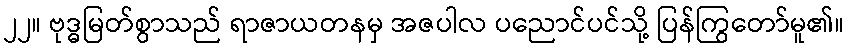
၂၂။ ဗုဒ္ဓမြတ်စွာသည် ရာဇာယတနမှ အဇပါလ ပညောင်ပင်သို့ ပြန်ကြွတော်မူ၏။